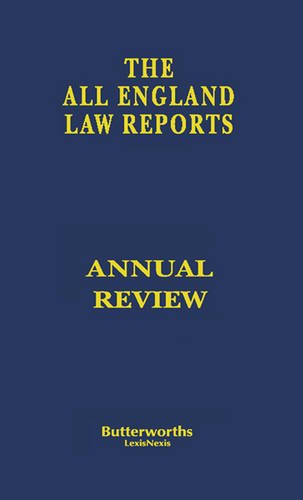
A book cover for All England Law Reports Annual Review 1996; Law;